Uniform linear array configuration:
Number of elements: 48
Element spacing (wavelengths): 0.5
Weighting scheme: exponential
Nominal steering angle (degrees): -15
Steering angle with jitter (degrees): -13.982
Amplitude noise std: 0.05
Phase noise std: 0.05

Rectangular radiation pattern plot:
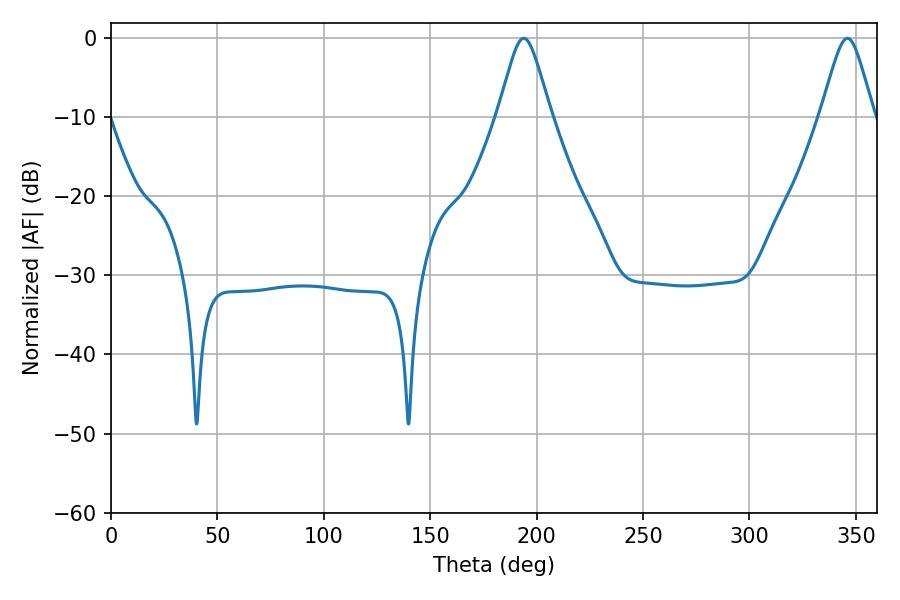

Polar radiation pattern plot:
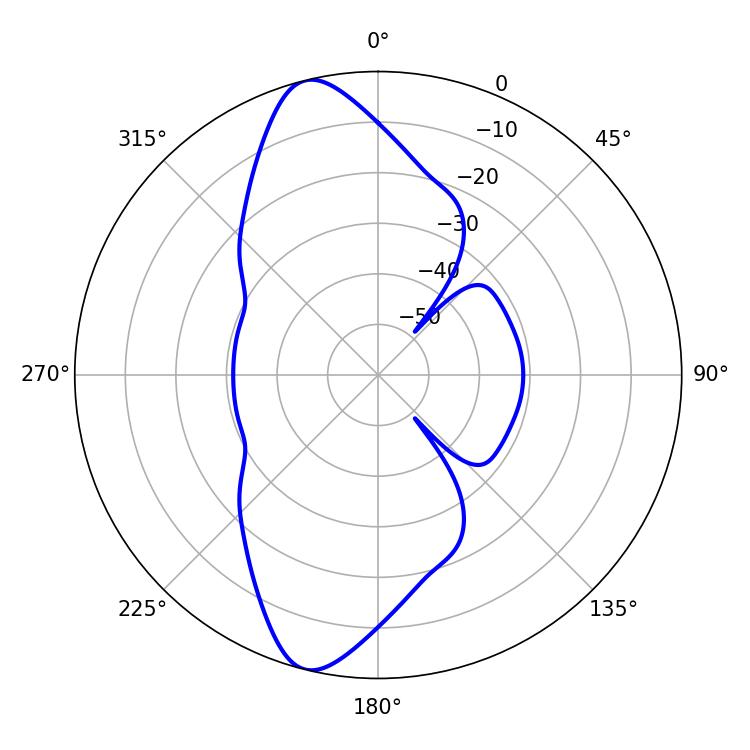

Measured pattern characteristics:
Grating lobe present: FALSE
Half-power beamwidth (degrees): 11.88
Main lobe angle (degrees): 194.04